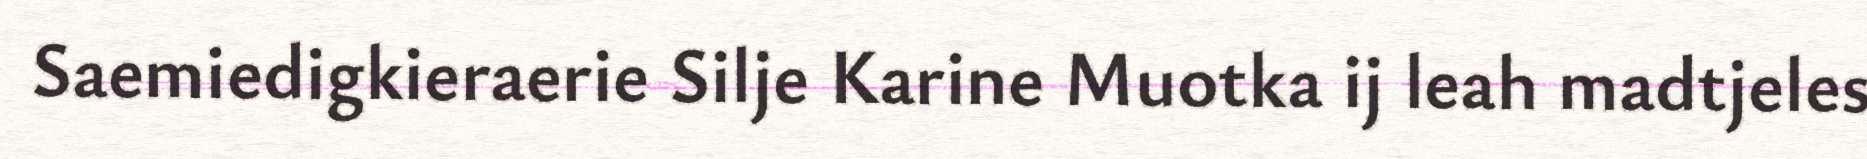
Saemiedigkieraerie Silje Karine Muotka ij leah madtjeles